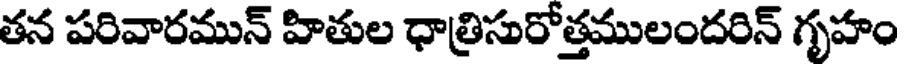
తన పరివారమున్ హితుల ధాత్రిసురోత్తములందరిన్ గృహం